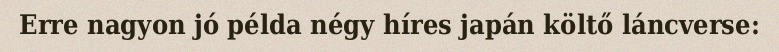
Erre nagyon jó példa négy híres japán költő láncverse: